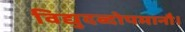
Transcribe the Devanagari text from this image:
विद्युदब्दोपमानौ।